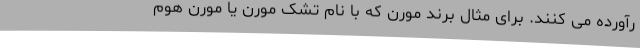
رآورده می کنند. برای مثال برند مورن که با نام تشک مورن یا مورن هوم